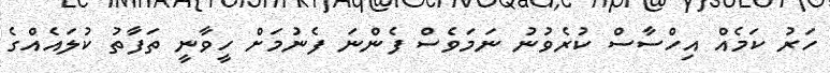
ހަރު ކަމެއް އިހްސާސް ކުރެވުނު ނަމަވެސް ފެންނަ ފެނުމަށް ހީވާނީ ތަފާތު ކުލައެއްގެ